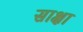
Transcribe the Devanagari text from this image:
साक्षा